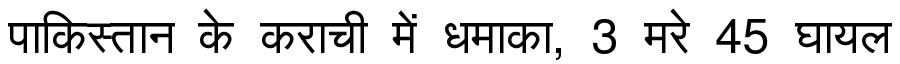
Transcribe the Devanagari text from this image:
पाकिस्तान के कराची में धमाका, 3 मरे 45 घायल